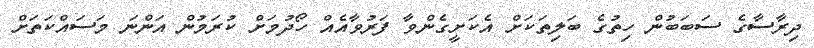
ދިރާސާގެ ސަބަބުން ހިތުގެ ބަލިތަކަށް އެކަށީގެންވާ ފަރުވާއެއް ހޯދުމަށް ކުރަމުން އަންނަ މަސައްކަތަށް